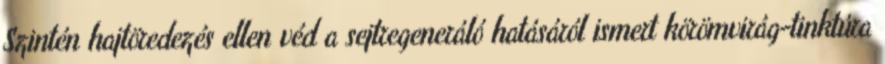
Szintén hajtöredezés ellen véd a sejtregeneráló hatásáról ismert körömvirág-tinktúra